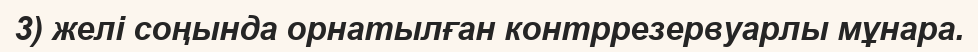
3) желі соңында орнатылған контррезервуарлы мұнара.